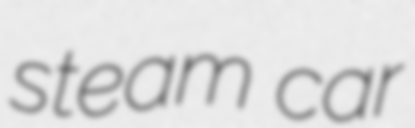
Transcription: steam car